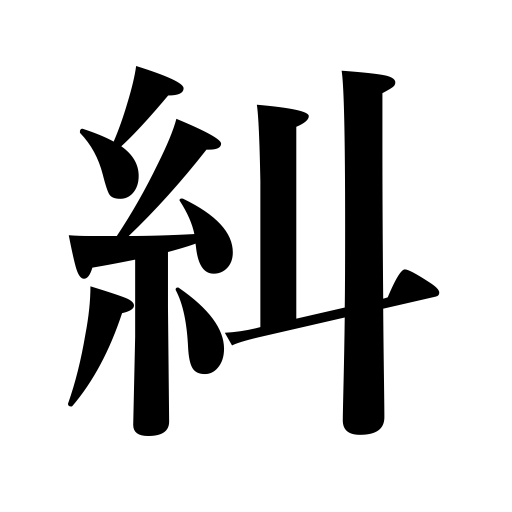
Meanings: ascertain,verify,question,ask,demand,investigate